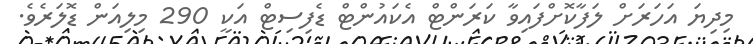
މިދިޔަ އަހަރަށް ލަފާކޮށްފައިވާ ކަރަންޓް އެކައުންޓް ޑެފިސިޓް އަކީ 290 މިލިއަން ޑޮލަރެވެ.